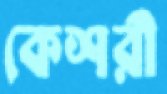
কেশরী